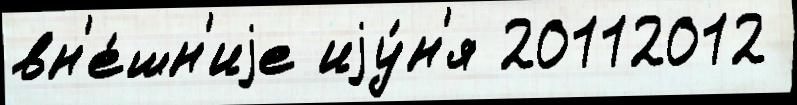
вн'е́шн'иjе иjу́н'я 20112012